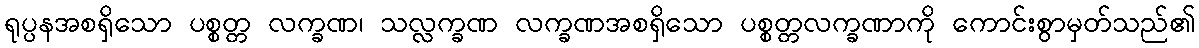
ရုပ္ပနအစရှိသော ပစ္စတ္တ လက္ခဏ၊ သလ္လက္ခဏ လက္ခဏအစရှိသော ပစ္စတ္တလက္ခဏာကို ကောင်းစွာမှတ်သည်၏